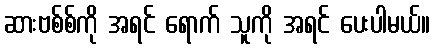
ဆားဗစ်စ်ကို အရင် ရောက် သူကို အရင် ပေးပါမယ်။